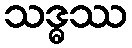
သဒ္ဓဿ